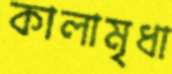
কালামৃধা